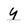
Character: y